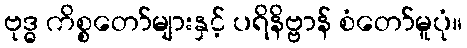
ဗုဒ္ဓ ကိစ္စတော်များနှင့် ပရိနိဗ္ဗာန် စံတော်မူပုံ။